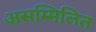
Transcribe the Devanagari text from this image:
असम्मिलित